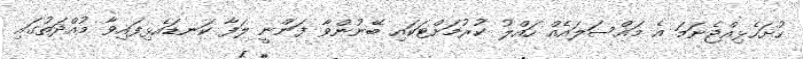
ހުށަހެޅިއްޖެނަމަ އެ މައްސަލައެއް ހައްލު ކުރުމަށްޓަކައި ބޭނުންވާ ފަންނީ ލަފާ ކަނޑައެޅިފައިވާ މުއްދަތުގައި